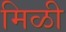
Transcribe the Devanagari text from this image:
मिळी